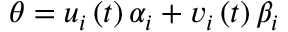
\theta = u _ { i } \left( t \right) \alpha _ { i } + v _ { i } \left( t \right) \beta _ { i }